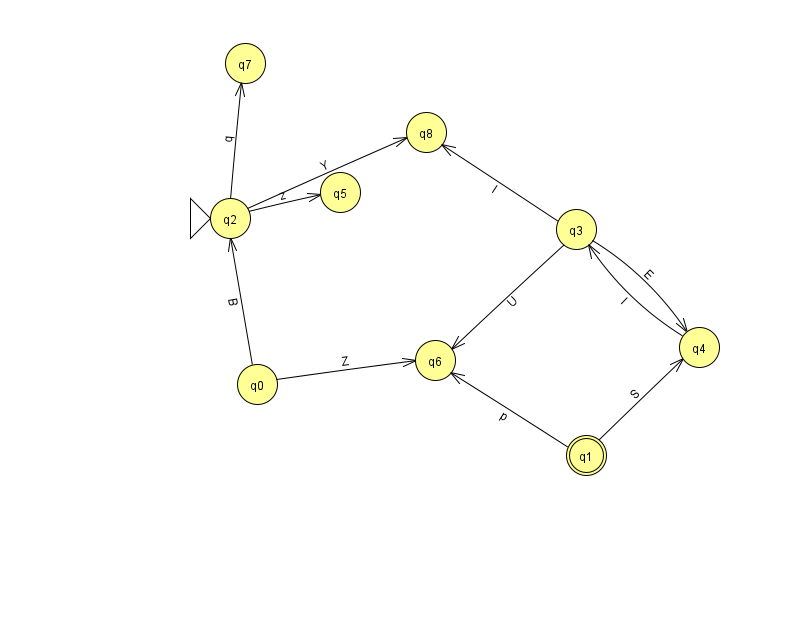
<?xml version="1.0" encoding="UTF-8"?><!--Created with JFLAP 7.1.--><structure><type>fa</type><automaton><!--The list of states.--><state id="0" name="q0"><x>257.0</x><y>371.0</y></state><state id="1" name="q1"><x>586.0</x><y>442.0</y><final/></state><state id="2" name="q2"><x>230.0</x><y>205.0</y><initial/></state><state id="3" name="q3"><x>576.0</x><y>216.0</y></state><state id="4" name="q4"><x>699.0</x><y>334.0</y></state><state id="5" name="q5"><x>340.0</x><y>179.0</y></state><state id="6" name="q6"><x>435.0</x><y>347.0</y></state><state id="7" name="q7"><x>245.0</x><y>50.0</y></state><state id="8" name="q8"><x>426.0</x><y>119.0</y></state><!--The list of transitions.--><transition><from>1</from><to>4</to><read>S</read></transition><transition><from>3</from><to>6</to><read>U</read></transition><transition><from>2</from><to>7</to><read>q</read></transition><transition><from>2</from><to>8</to><read>Y</read></transition><transition><from>3</from><to>4</to><read>E</read></transition><transition><from>1</from><to>6</to><read>p</read></transition><transition><from>0</from><to>2</to><read>B</read></transition><transition><from>0</from><to>6</to><read>Z</read></transition><transition><from>4</from><to>3</to><read>I</read></transition><transition><from>3</from><to>8</to><read>l</read></transition><transition><from>2</from><to>5</to><read>z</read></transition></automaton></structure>